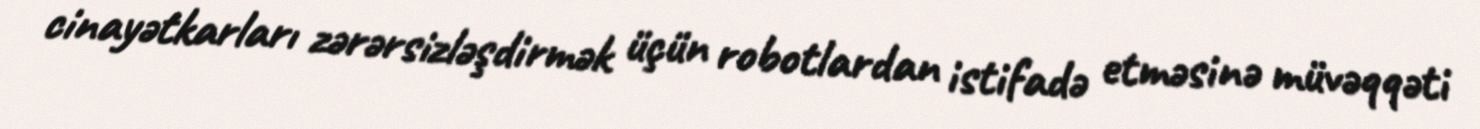
cinayətkarları zərərsizləşdirmək üçün robotlardan istifadə etməsinə müvəqqəti